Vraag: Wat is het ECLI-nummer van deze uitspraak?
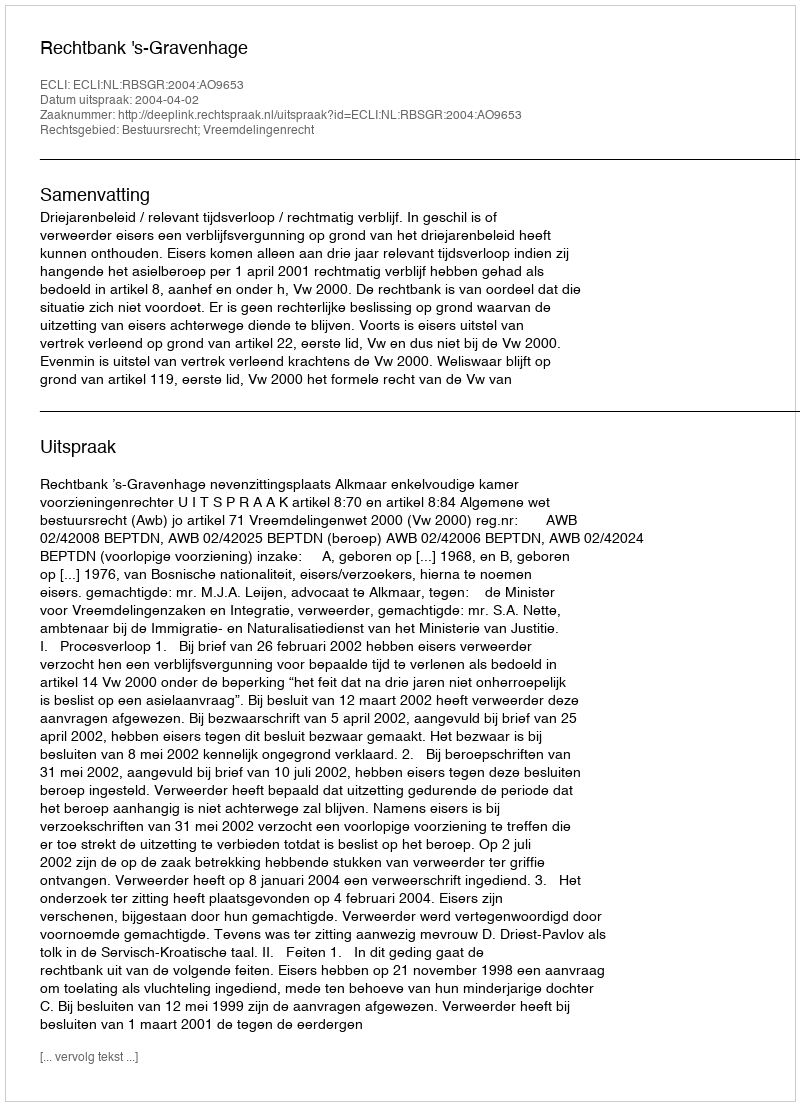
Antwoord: ECLI:NL:RBSGR:2004:AO9653